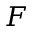
F